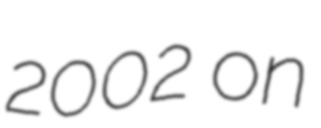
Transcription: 2002 on